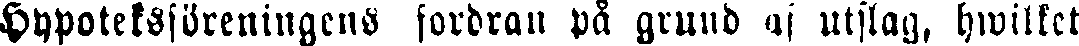
Hypoteksföreningens fordran på grund af utslag, hwilket